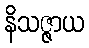
နိသဇ္ဇာယ